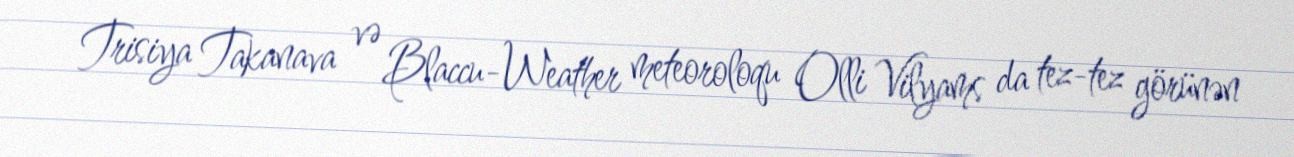
Trisiya Takanava və Blaccu-Weather meteoroloqu Olli Vilyams da tez-tez görünən